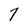
Character: 7